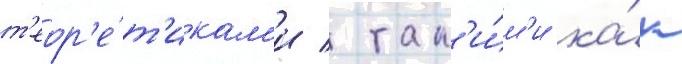
т'еор'е́т'икам'и / так'и́м'и ка́к